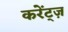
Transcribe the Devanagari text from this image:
करेंट्ज़